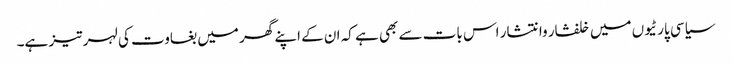
سیاسی پارٹیوں میں خلفشار وانتشار اس بات سے بھی ہے کہ ان کے اپنے گھر میں بغاوت کی لہر تیز ہے۔